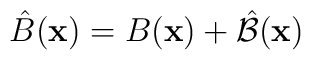
\hat{B}({\bf x}) = B({\bf x}) + \hat{\cal B}({\bf x})